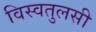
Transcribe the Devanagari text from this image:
विस्वतुलसी